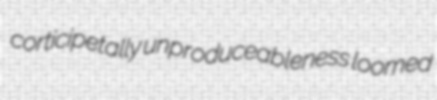
corticipetally unproduceableness loomed